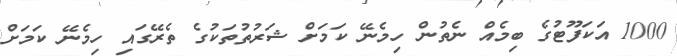
1000 އަކަފޫޓުގެ ބިމެއް ނެތުން ހިމެނޭ ކަމަށް ޝަރުތުތަކުގެ ތެރޭގައި ހިމެނޭ ކަމަށް